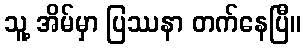
သူ့ အိမ်မှာ ပြဿနာ တက်နေပြီ။